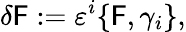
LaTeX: \delta\mathsf{F}:=\varepsilon^{i}\{ \mathsf{F},\gamma_{i}\} ,